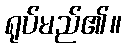
ရုပ်မည်၏။